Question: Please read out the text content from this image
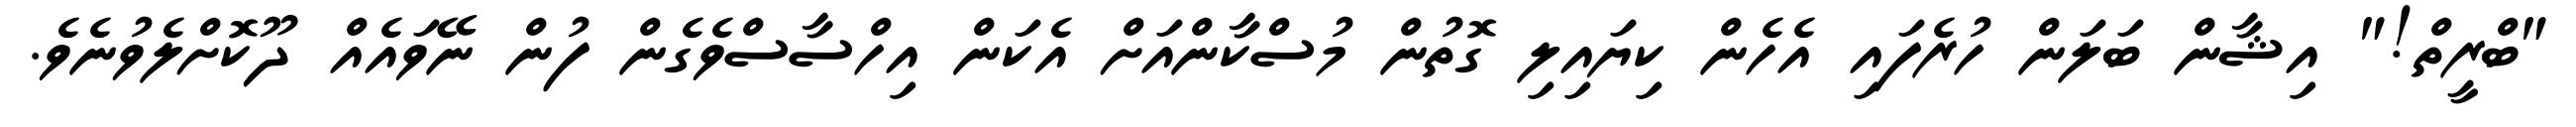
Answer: "ބްރީތް!" އިޝާން ބަލަން ހުރެފައި އެހެން ކިޔައިލި ގޮތުން މުސްކާންއަށް އެކަން އިހްސާސްވެގެން ފުން ނޭވައެއް ދޫކޮށްލެވުނެވެ.